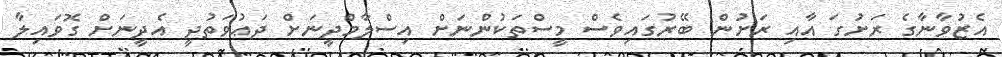
އެޒުވާނާގެ ރަށުގަ އާއި ރަށުން ބޭރުގައިވެސް މީސްތަކުންނަށް އިސްލާމްދީނަށް ދަޢުވަތުދީ އެދީނަށް ގޮވައިލާ